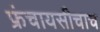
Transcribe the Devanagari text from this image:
फ्रंचायसीचाच